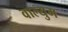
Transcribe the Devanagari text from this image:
वाल्युम